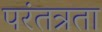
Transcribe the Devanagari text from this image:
परंतत्रता